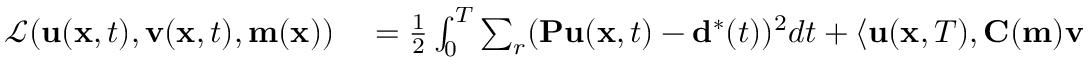
\begin{array} { r l } { \mathcal { L } ( \mathbf { u } ( \mathbf { x } , t ) , \mathbf { v } ( \mathbf { x } , t ) , \mathbf { m } ( \mathbf { x } ) ) } & { { } = \frac { 1 } { 2 } \int _ { 0 } ^ { T } \sum _ { r } ( \mathbf { P u } ( \mathbf { x } , t ) - \mathbf { d } ^ { * } ( t ) ) ^ { 2 } d t + \left\langle \mathbf { u } ( \mathbf { x } , T ) , \mathbf { C ( m ) } \mathbf { v } ( \mathbf { x } , T ) \right\rangle } \end{array}